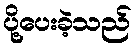
ပို့ပေးခဲ့သည်